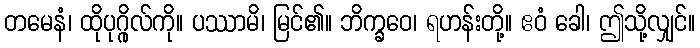
တမေနံ၊ ထိုပုဂ္ဂိုလ်ကို။ ပဿာမိ၊ မြင်၏။ ဘိက္ခဝေ၊ ရဟန်းတို့။ ဧဝံ ခေါ၊ ဤသို့လျှင်။